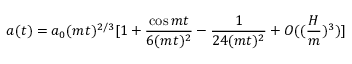
a ( t ) = a _ { 0 } ( m t ) ^ { 2 / 3 } [ 1 + \frac { \cos { m t } } { 6 ( m t ) ^ { 2 } } - \frac { 1 } { 2 4 ( m t ) ^ { 2 } } + O ( ( \frac { H } { m } ) ^ { 3 } ) ]